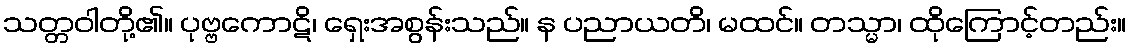
သတ္တဝါတို့၏။ ပုဗ္ဗကောဋိ၊ ရှေးအစွန်းသည်။ န ပညာယတိ၊ မထင်။ တသ္မာ၊ ထိုကြောင့်တည်း။